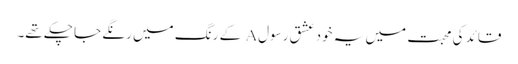
قائد کی محبت میں یہ خود عشق رسولA کے رنگ میں رنگے جا چکے تھے۔